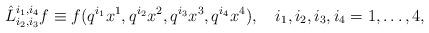
LaTeX: \begin{align*}\hat{L}^{i_1,i_4}_{i_2,i_3} f\equiv f(q^{i_1} x^1,q^{i_2}x^2,q^{i_3}x^3,q^{i_4}x^4),\quad i_1,i_2,i_3,i_4 = 1,\dots ,4,\end{align*}